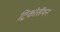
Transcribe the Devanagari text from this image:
ट्रिकोसेंथन